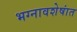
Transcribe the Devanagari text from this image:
भग्नावशेषांत